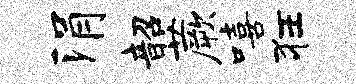
涓韶蕨嘻狂